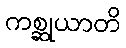
ကစ္ဆုယာတိ